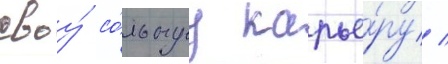
своу́ со́льнуу карье́ру /